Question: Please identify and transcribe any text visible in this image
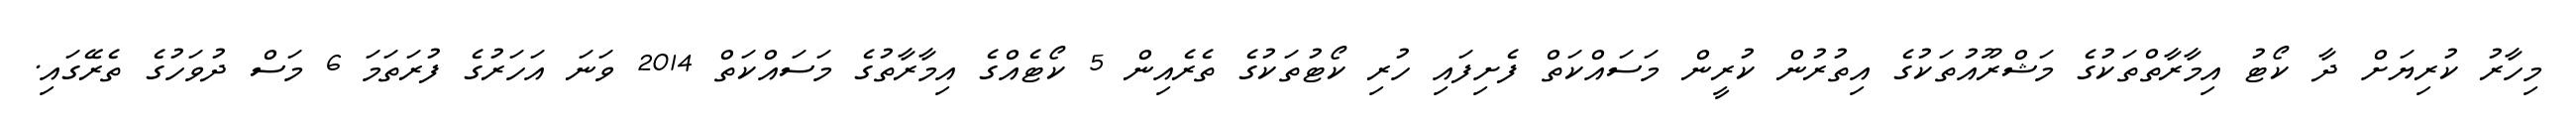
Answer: މިހާރު ކުރިޔަށް ދާ ކޯޓު އިމާރާތްތަކުގެ މަޝްރޫއުތަކުގެ އިތުރުން ކުރީން މަސައްކަތް ފެށިފައި ހުރި ކޯޓުތަކުގެ ތެރެއިން 5 ކޯޓެއްގެ އިމާރާތުގެ މަސައްކަތް 2014 ވަނަ އަހަރުގެ ފުރަތަމަ 6 މަސް ދުވަހުގެ ތެރޭގައި.